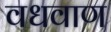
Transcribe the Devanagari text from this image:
वधवाण